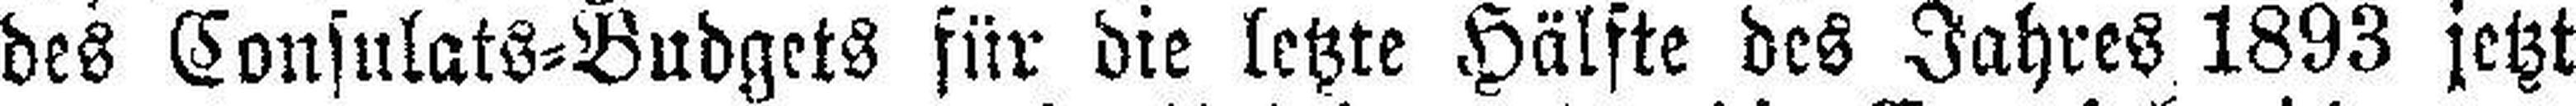
des Consulats=Budgets für die letzte Hälfte des Jahres 1893 jetzt